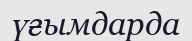
үғымдарда